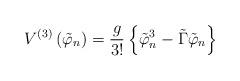
LaTeX: \begin{align*}V^{\left( 3\right) }\left( \tilde{\varphi}_n\right) =\frac g{3!}\left\{ \tilde{\varphi}_n^3-\tilde{\Gamma}\tilde{\varphi}_n\right\} \end{align*}